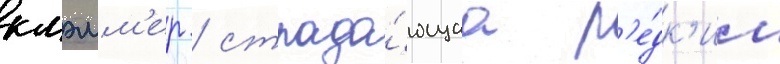
клэмм'ер / страда́ющаа р'е́дк'им